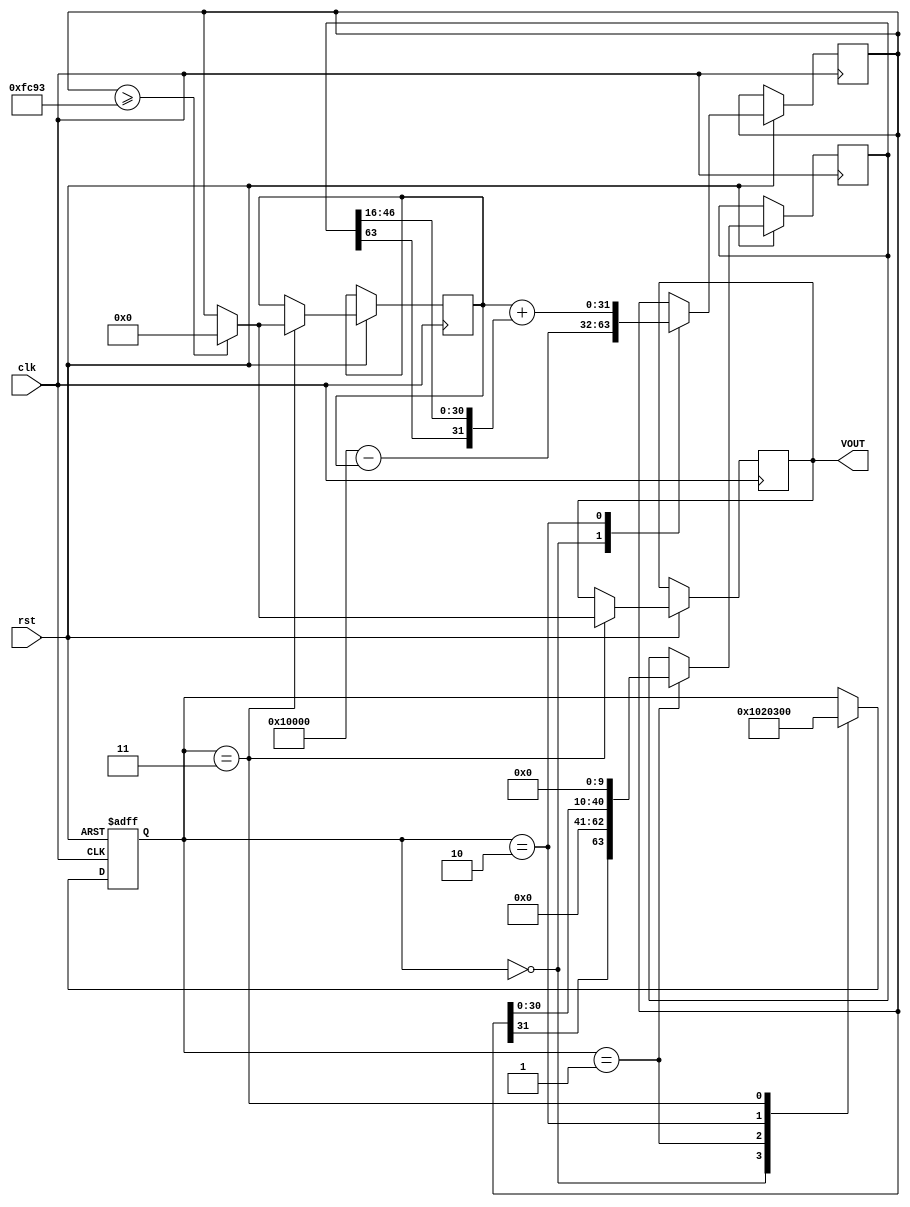
module LIF(clk,rst,VOUT);  // LIF with shift
  input clk,rst;
  output reg signed [31:0] VOUT;
  
 //initial codition
reg signed [31:0] v=32'h00000000;  //v=0;

//////LIF parameter//
reg signed [31:0] Vth=32'h0000fc93;//0.98
reg signed [31:0] cnt125=32'h00002000;//0.125
reg signed [31:0] cnt1=32'h00010000;//1
///////////////////////////////////
reg signed [31:0] a;                                                                 //out of adder
reg signed [63:0] m;                                                              //out of multiplier

//clock
  parameter s0=8'h00;
  parameter s1=8'h01; 
  parameter s2=8'h02;
  parameter s3=8'h03;
  parameter s4=8'h04;
//////////////////////////////////

wire[7:0] p_s;
reg [7:0] n_s;
    
    assign   p_s=n_s;
    always @(posedge clk or negedge rst)
    begin
       if (!rst)
       n_s<=s0; 
       else if (clk)
      begin 
       case (p_s)
    ////////////////////////
    s0: begin

    a<=cnt1-v;
    n_s<=s1;
    end
    
    s1:begin
    
    m<={a[31],22'b0000000000000000000000,a[30:0],10'b0000000000};
    n_s<=s2;
    end
    
    s2:begin 
    
     
    a<=v+{m[63],m[46:16]};
    n_s<=s3; 
    end
       
    s3:begin
   
    if (a>=Vth)
        begin
        v<=32'h00000000;
        VOUT<=32'h00000000;
      end
         else
         begin
         v<=a;
         VOUT<=a;
         end
    
 
   
    n_s<=s0;
    end
        
    endcase
    end
    end
    endmodule